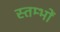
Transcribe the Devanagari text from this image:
स्‍तम्‍भों